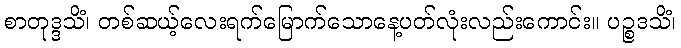
စာတုဒ္ဒသိံ၊ တစ်ဆယ့်လေးရက်မြောက်သောနေ့ပတ်လုံးလည်းကောင်း။ ပဉ္စဒသိံ၊